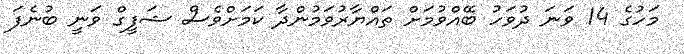
މަހުގެ 14 ވަނަ ދުވަހު ބޭއްވުމަށް ތައްޔާރުވަމުންދާ ކަމަށްވެސް ޝަފީގް ވަނީ ބުނެފަ